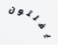
يفلتون